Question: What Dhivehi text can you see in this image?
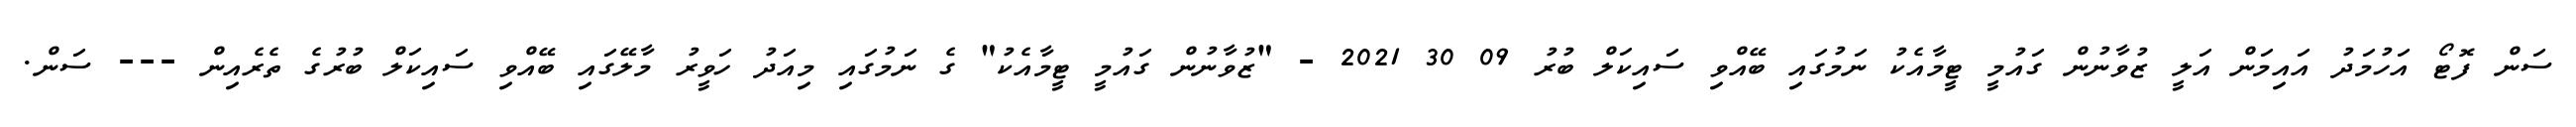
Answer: ސަން ފޮޓޯ އަހުމަދު އައިމަން އަލީ ޒުވާނުން ގައުމީ ޓީމާއެކު ނަމުގައި ބޭއްވި ސައިކަލް ބުރު 09 30 2021 - "ޒުވާނުން ގައުމީ ޓީމާއެކު" ގެ ނަމުގައި މިއަދު ހަވީރު މާލޭގައި ބޭއްވި ސައިކަލް ބުރުގެ ތެރެއިން --- ސަން.